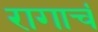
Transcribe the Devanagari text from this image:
रागाचं